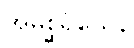
အမစ္ဆရိယေန